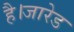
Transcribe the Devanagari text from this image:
है।जारेड